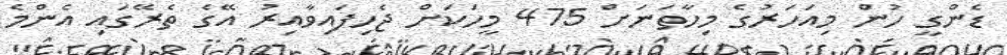
ޑެންގީ ހުން މިއަހަރުގެ މިހާތަނަށް 475 މީހަކަށް ޖެހިފައިވާއިރު އޭގެ ތެރޭގައި އެންމެ